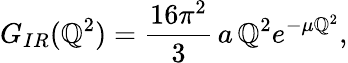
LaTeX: G_{IR}(\mathbb{Q}^{2})={\frac{{16\pi^{2}}}{{3}}}\, a\, \mathbb{Q}^{2}e^{-\mu\mathbb{Q}^{2}},